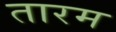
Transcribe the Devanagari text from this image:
तारम